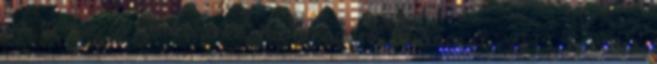
itt akkor is ünnepelnek, ha kikapunk Budapest, VIII. kerület